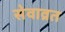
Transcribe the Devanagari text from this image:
सेवाव्रत